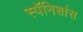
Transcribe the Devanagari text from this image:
स्पॅनिशांस